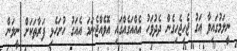
ނީލަމުގައިވާ އަގު ޖެހިޖެހިގެން ދެދުވަހު އެއްއަގެއްގައި އޮވެއްޖެނަމަ އެއަގު ހުށަހެޅި ފަރާތަކަށް ނީލަން